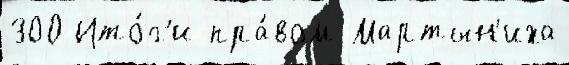
300 Ито́г'и пра́вом Мартын'иха